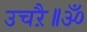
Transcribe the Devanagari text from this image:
उचऱै॥ॐ